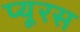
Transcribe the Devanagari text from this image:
प्यूरस